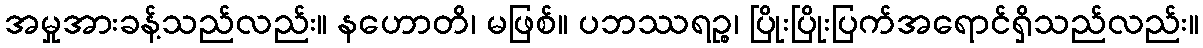
အမှုအားခန့်သည်လည်း။ နဟောတိ၊ မဖြစ်။ ပဘဿရဉ္စ၊ ပြိုးပြိုးပြက်အရောင်ရှိသည်လည်း။